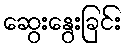
ဆွေးနွေးခြင်း